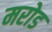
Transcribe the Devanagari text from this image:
मरोड